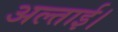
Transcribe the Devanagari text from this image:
अल्ताई।